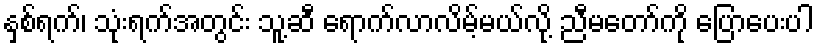
နှစ်ရက်၊ သုံးရက်အတွင်း သူ့ဆီ ရောက်လာလိမ့်မယ်လို့ ညီမတော်ကို ပြောပေးပါ